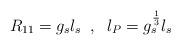
LaTeX: \begin{align*}R_{11} = g_s l_s \;\; , \;\; l_P = g_s^{\frac{1}{3}}l_s\end{align*}